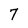
Character: 7